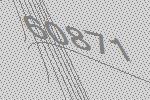
60871